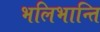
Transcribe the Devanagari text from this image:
भलिभान्ति